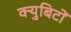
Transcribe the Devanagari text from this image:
क्युबिटों